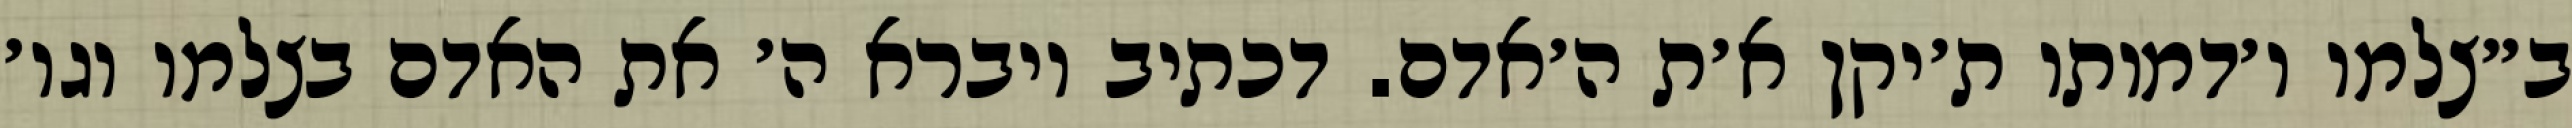
ב״צלמו ו׳דמותו ת׳יקן א׳ת ה׳אדם. דכתיב ויברא ה׳ את האדם בצלמו וגו׳